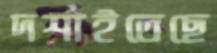
দর্শাইতেছে